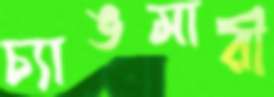
চ্যাঙমারী